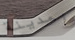
بمدينة